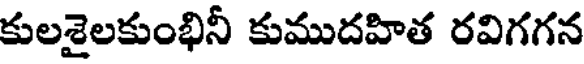
కులశైలకుంభినీ కుముదహిత రవిగగన